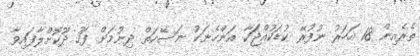
ތެރެއިން 18 އަހަރު ނުފުރޭ ކުޑަކުއްޖަަކާ އަންހެނަކު ނަސޭހަތް ދިނުމަށް ފަހު ދޫކޮށްލާފައިވާ